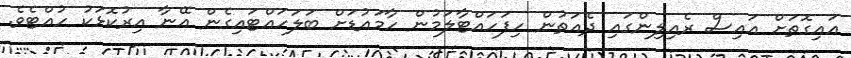
އައިގޮތަށް އައިސް ރެއިލިންގައި ދެއަތުން ހިފަހައްޓާލަމުން ހާމައުޑަށް ބަލަހައްޓައިގެން އޭނާ އިރުކޮޅަކު ހުއްޓެވެ.